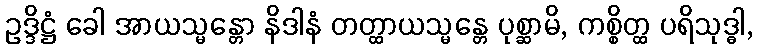
ဥဒ္ဒိဋ္ဌံ ခေါ အာယသ္မန္တော နိဒါနံ တတ္ထာယသ္မန္တေ ပုစ္ဆာမိ, ကစ္စိတ္ထ ပရိသုဒ္ဓါ,